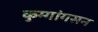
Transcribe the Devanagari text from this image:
कुम्गांगसन